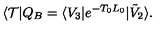
\langle \mathcal { T } | Q _ { B } = \langle V _ { 3 } | e ^ { - T _ { 0 } L _ { 0 } } | \tilde { V } _ { 2 } \rangle .